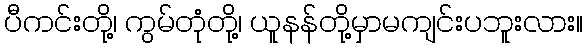
ပီကင်းတို့၊ ကွမ်တုံတို့၊ ယူနန်တို့မှာမကျင်းပဘူးလား။